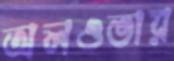
অলওভার